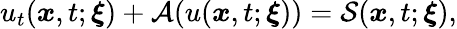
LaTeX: \begin{array}{r}{u_{t}(\boldsymbol{x},t;\boldsymbol{\xi})+\mathcal{A}(u(\boldsymbol{x},t;\boldsymbol{\xi}))=\mathcal{S}(\boldsymbol{x},t;\boldsymbol{\xi}),}\end{array}